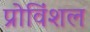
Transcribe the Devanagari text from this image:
प्रोविंशल